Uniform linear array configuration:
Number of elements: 32
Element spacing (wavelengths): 0.25
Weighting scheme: cosine
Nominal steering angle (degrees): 45
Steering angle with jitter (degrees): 46.463
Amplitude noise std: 0.05
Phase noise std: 0.05

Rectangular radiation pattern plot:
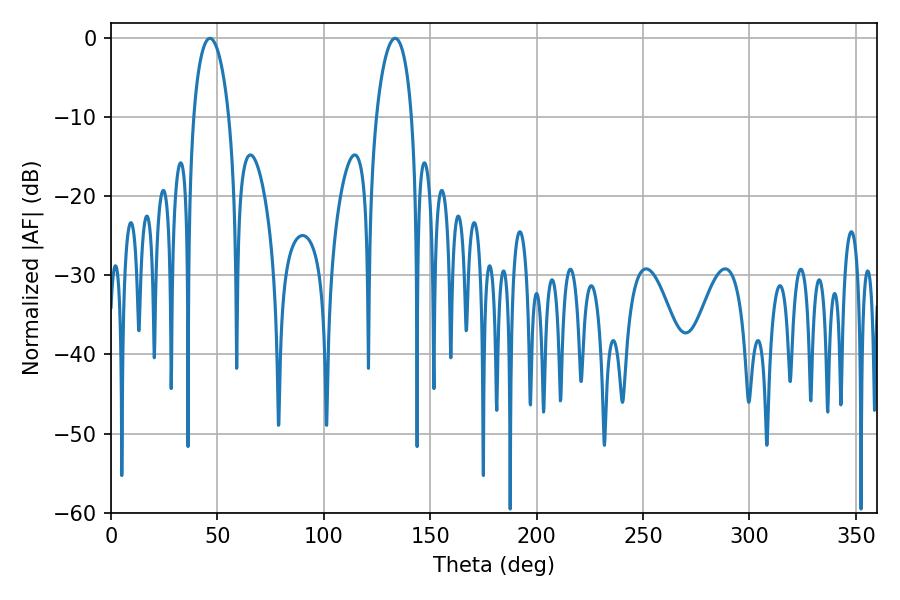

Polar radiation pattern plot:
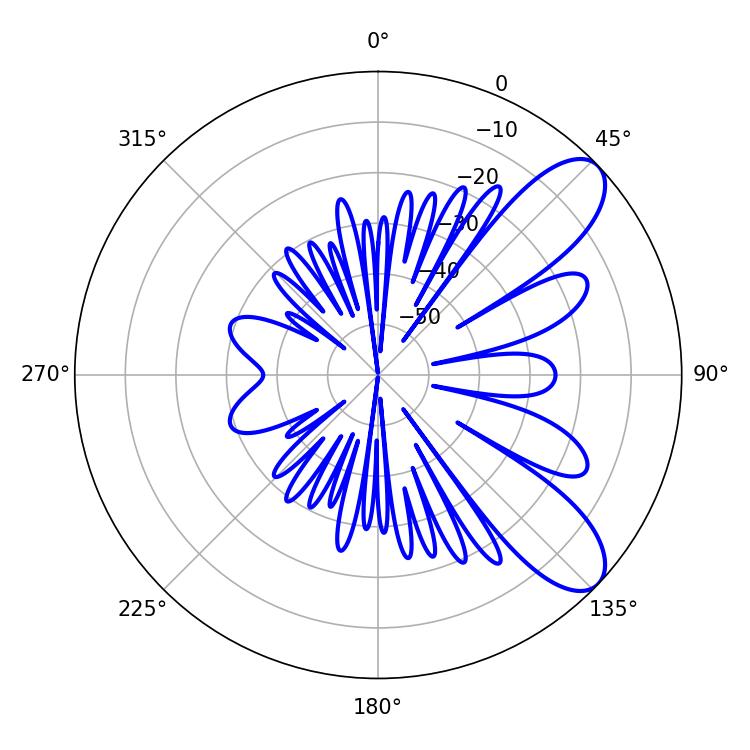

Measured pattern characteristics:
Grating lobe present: FALSE
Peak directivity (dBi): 8.784
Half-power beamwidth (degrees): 9.54
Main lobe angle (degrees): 46.44